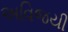
અવિજયી